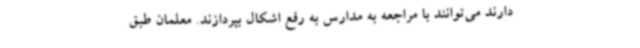
دارند می‌توانند با مراجعه به مدارس به رفع اشکال بپردازند. معلمان طبق